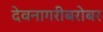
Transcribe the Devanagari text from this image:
देवनागरीबरोबर